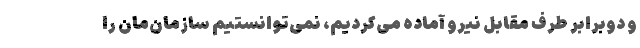
و دوبرابر طرف مقابل نیرو آماده می‌کردیم، نمی‌توانستیم سازمان‌مان را